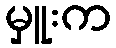
မှူးက